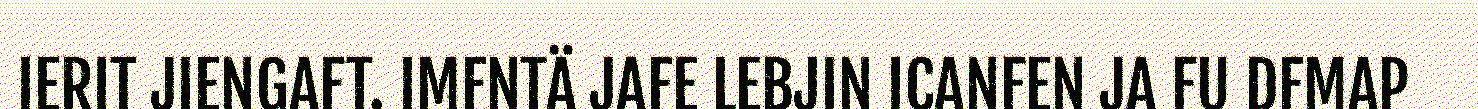
IERIT JIENGAFT. IMFNTÄ JAFE LEBJIN ICANFEN JA FU DFMAP